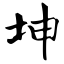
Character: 坤